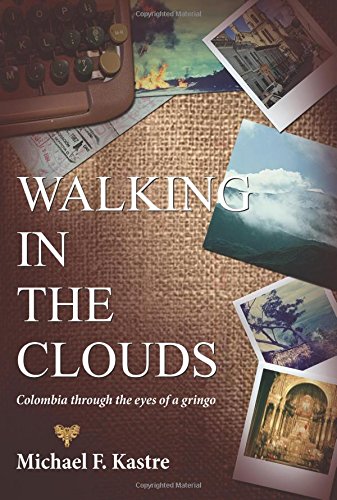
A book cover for Walking in the Clouds - Colombia Through the Eyes of a Gringo; Michael F. Kastre; Travel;